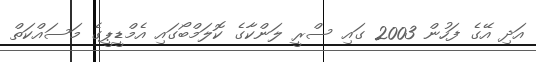
އަދި އޭގެ ފަހުން 2003 ގައި ސްރީ ލަންކާގެ ކޮލަމްބޯގައި އެމްޑީޕީގެ މަސައްކަތް